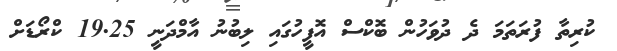
ކުރިތާ ފުރަތަމަ ދެ ދުވަހުން ބޮކްސް އޮފީހުގައި ލިބުނު އާމްދަނީ 19.25 ކްރޯޑަށް